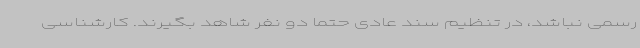
رسمی نباشد، در تنظیم سند عادی حتماً دو نفر شاهد بگیرند. کارشناسی